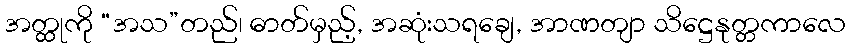
အတ္ထုကို “အသ”တည်၊ ဓာတ်မှည့်, အဆုံးသရချေ, အာဏတျာ သိဋ္ဌေနုတ္တကာလေ